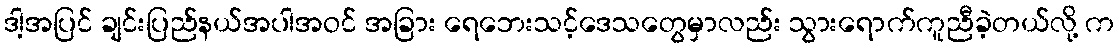
ဒါ့အပြင် ချင်းပြည်နယ်အပါအဝင် အခြား ရေဘေးသင့်ဒေသတွေမှာလည်း သွားရောက်ကူညီခဲ့တယ်လို့ က